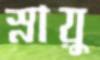
স্নায়ু